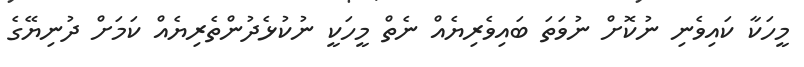
މީހަކާ ކައިވެނި ނުކޮށް ނުވަަތަ ބައިވެރިޔެއް ނެތް މީހަކީ ނުކުޅެދުންތެރިޔެއް ކަމަށް ދުނިޔޭގެ